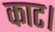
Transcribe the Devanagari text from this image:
काट।